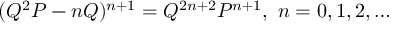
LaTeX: ( Q ^ { 2 } P - n Q ) ^ { n + 1 } = Q ^ { 2 n + 2 } P ^ { n + 1 } , \ n = 0 , 1 , 2 , \ldots